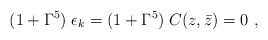
\begin{align*}(1 + \Gamma^5)\;\epsilon_k = (1 + \Gamma^5)\; C (z, \bar z)=0 \ ,\end{align*}